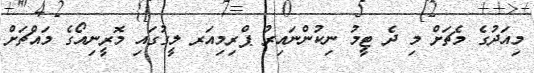
މިއަދުގެ މެޗަށް މި ދެ ޓީމު ނިކުންނައިރު ޕްރިމިއަރ ލީގުގައި މޮރީނިއޯގެ މައްޗަށް